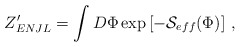
\begin{align*}Z_{ENJL}' = \int D\Phi\exp\left[-{\cal S}_{eff}(\Phi)\right]\,,\end{align*}